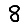
Digit: 8